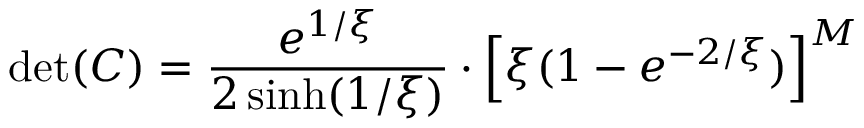
\mathrm { d e t } ( C ) = \frac { e ^ { 1 / \xi } } { 2 \sinh ( 1 / \xi ) } \cdot \left[ \xi ( 1 - e ^ { - 2 / \xi } ) \right] ^ { M }